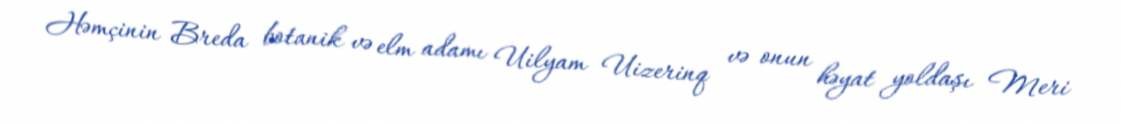
Həmçinin Breda botanik və elm adamı Uilyam Uizerinq və onun həyat yoldaşı Meri